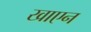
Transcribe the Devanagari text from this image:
खाएन